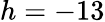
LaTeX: h=-13